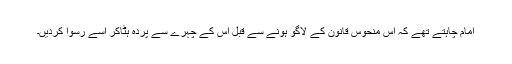
امام چاہتے تھے کہ اس منحوس قانون کے لاگو ہونے سے قبل اس کے چہرے سے پردہ ہٹاکر اسے رسوا کردیں۔